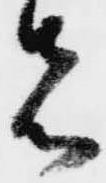
先